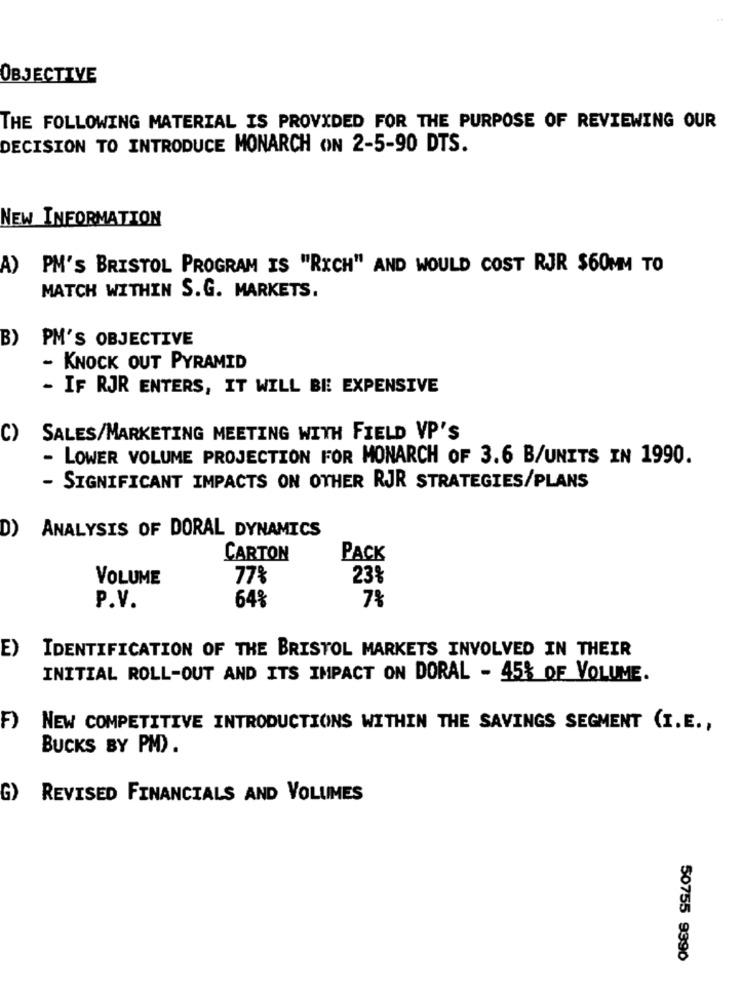
OBJECTIVE
THE FOLLOWING MATERIAL IS PROVIDED FOR THE PURPOSE OF REVIEWING OUR
DECISION TO INTRODUCE MONARCH ON 2-5-90 DTS.
NEW INFORMATION
A) PM'S BRISTOL PROGRAM IS "RICH" AND WOULD COST RJR $60MM TO
MATCH WITHIN S.G. MARKETS.
B)
PM'S OBJECTIVE
- KNOCK OUT PYRAMID
- IF RJR ENTERS, IT WILL BE EXPENSIVE
C)
SALES/MARKETING MEETING WITH FIELD VP'S
- LOWER VOLUME PROJECTION FOR MONARCH OF 3.6 B/UNITS IN 1990.
- SIGNIFICANT IMPACTS ON OTHER RJR STRATEGIES/PLANS
D)
ANALYSIS OF DORAL DYNAMICS
CARTON
PACK
VOLUME
77%
23%
7%
P.V.
64%
E)
IDENTIFICATION OF THE BRISTOL MARKETS INVOLVED IN THEIR
INITIAL ROLL-OUT AND ITS IMPACT ON DORAL - 45% OF VOLUME.
F)
NEW COMPETITIVE INTRODUCTIONS WITHIN THE SAVINGS SEGMENT (I.E .,
BUCKS BY PM).
G)
REVISED FINANCIALS AND VOLUMES
50755 9390